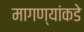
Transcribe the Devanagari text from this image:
मागण्यांकडे